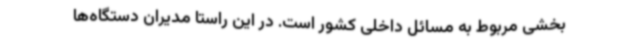
بخشی مربوط به مسائل داخلی کشور است. در این راستا مدیران دستگاه‌ها